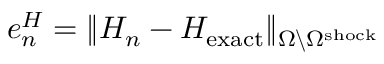
e _ { n } ^ { H } = \| H _ { n } - H _ { \mathrm { e x a c t } } \| _ { \Omega \backslash { \Omega } ^ { \mathrm { s h o c k } } }